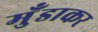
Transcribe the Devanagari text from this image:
मुँडाकर